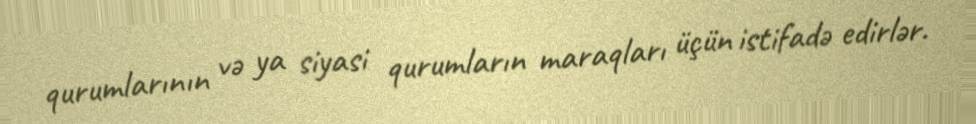
qurumlarının və ya siyasi qurumların maraqları üçün istifadə edirlər.